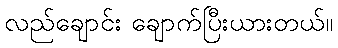
လည်ချောင်း ချောက်ပြီးယားတယ်။